Insane asylums Bombay 1873-77 - 1873-1877
Year: 1873
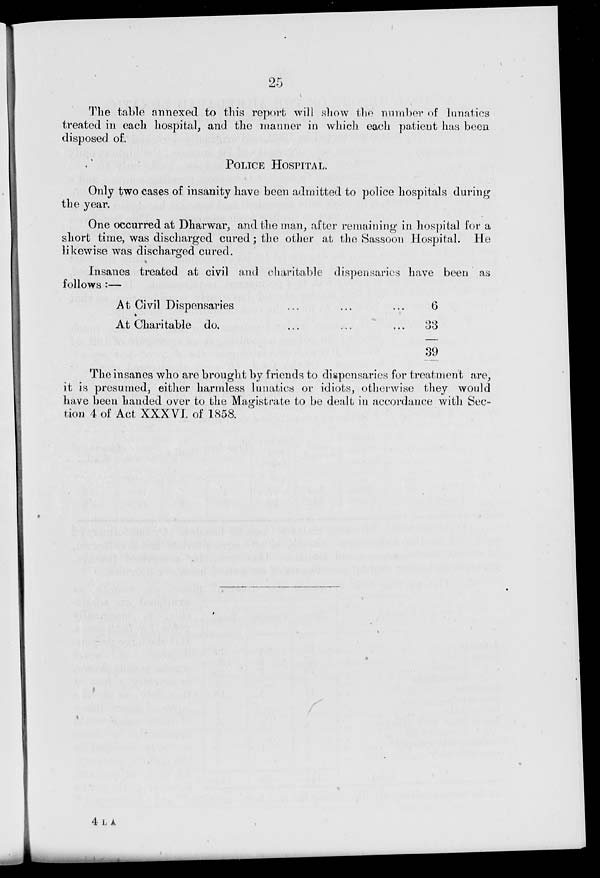
25
The table annexed to this report will show the number of lunatics
treated in each hospital, and the manner in which each patient has been
disposed of.
POLICE HOSPITAL.
Only two cases of insanity have been admitted to police hospitals during
the year.
One occurred at Dharwar, and the man, after remaining in hospital for a
short time, was discharged cured; the other at the Sassoon Hospital. He
likewise was discharged cured.
Insanes treated at civil and charitable dispensaries have been as
follows :—
At Civil Dispensaries ... ... ...
At Charitable do. ... ... ...
6
33
39
The insanes who are brought by friends to dispensaries for treatment are,
it is presumed, either harmless lunatics or idiots, otherwise they would
have been handed over to the Magistrate to be dealt in accordance with Sec-
tion 4 of Act XXXVI. of 1858.
4 L A